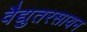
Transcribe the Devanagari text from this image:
वैद्युतरसायन